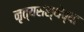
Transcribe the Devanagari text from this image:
नृत्यसंस्थेच्या